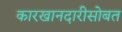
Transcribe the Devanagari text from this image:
कारखानदारीसोबत